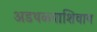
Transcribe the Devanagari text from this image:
अडथळ्याशिवाय